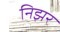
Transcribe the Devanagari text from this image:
निझर